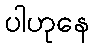
ပါဟုနေ